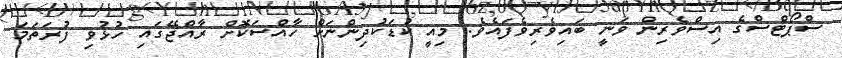
ސްޕޯޓްސްގެ އިސްވެރިން ވަނީ ބައިވެރިވެފައެވެ. މިއީ ކުޑަކުދިންނަށް ހާއްސަކޮށް ރާއްޖޭގައި ހުޅުވި ފުރަތަމަ